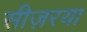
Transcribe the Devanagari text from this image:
सीज़रया